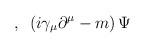
LaTeX: \begin{align*}\,\,,\,\,\,\left( i\gamma _{\mu }\partial ^{\mu }-m\right) \Psi\end{align*}